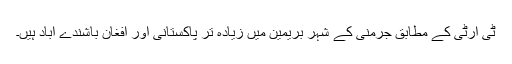
ٹی آرٹی کے مطابق جرمنی کے شہر بریمین میں زیادہ تر پاکستانی اور افغان باشندے آباد ہیں۔